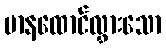
မာနထောင်လွှားသော